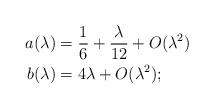
LaTeX: \begin{align*} a(\lambda) &= \frac{1}{6}+\frac{\lambda}{12}+O(\lambda^2)\\ b(\lambda) &= 4\lambda+O(\lambda^2); \end{align*}